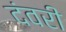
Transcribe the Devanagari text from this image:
दंवरी